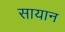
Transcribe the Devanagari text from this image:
सायान